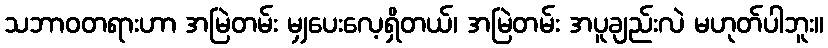
သဘာဝတရားဟာ အမြဲတမ်း မျှပေးလေ့ရှိတယ်၊ အမြဲတမ်း အပူချည်းလဲ မဟုတ်ပါဘူး။